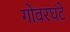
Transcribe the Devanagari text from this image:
गोवरघंटे